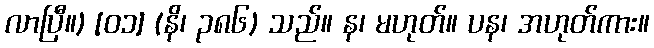
လာပြီ။) [၀၁] (နိ၊ ၃၈၆) သည်။ န၊ မဟုတ်။ ပန၊ အဟုတ်ကား။